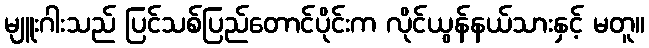
မျူးဂါးသည် ပြင်သစ်ပြည်တောင်ပိုင်းက လိုင်ယွန်နယ်သားနှင့် မတူ။